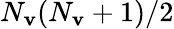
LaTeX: N_{\mathbf{v}}(N_{\mathbf{v}}+1)/2